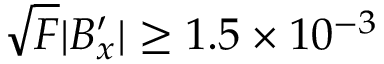
\sqrt { F } \lvert B _ { x } ^ { \prime } \rvert \ge 1 . 5 \times 1 0 ^ { - 3 }